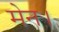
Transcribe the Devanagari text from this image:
मेन।